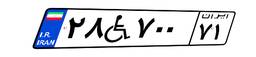
۲۸W۷۰۰۷۱